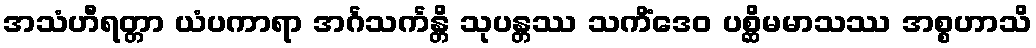
အသံဟီရတ္တာ ယံပကာရာ အင်္ဂသင်္ကန္တိ သုပန္တဿ သကိံဒေဝ ပစ္ဆိမမာသဿ အစ္စဟာသိ